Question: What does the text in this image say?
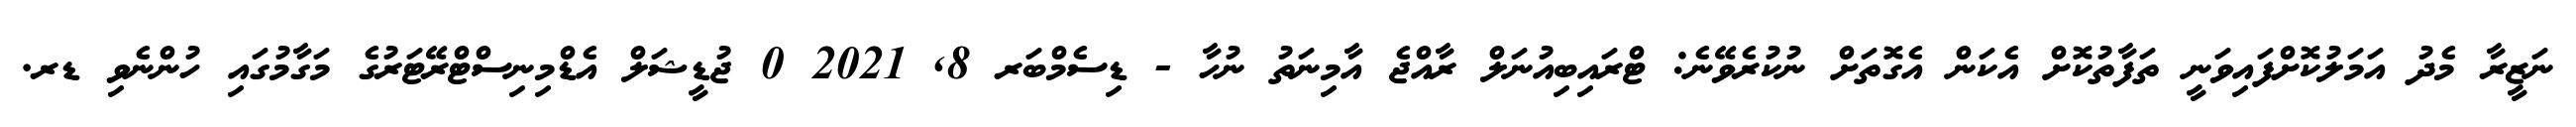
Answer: ނަޒީރާ މެދު އަމަލުކޮށްފައިވަނީ ތަފާތުކޮށް އެކަން އެގޮތަށް ނުކުރެވޭނެ: ޓްރައިބިއުނަލް ރާއްޖެ އާމިނަތު ނުހާ - ޑިސެމްބަރ 8, 2021 0 ޖުޑީޝަލް އެޑްމިނިސްޓްރޭޓަރުގެ މަގާމުގައި ހުންނެވި ޑރ.